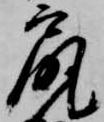
尻